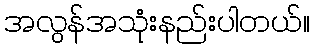
အလွန်အသုံးနည်းပါတယ်။